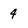
Character: 4